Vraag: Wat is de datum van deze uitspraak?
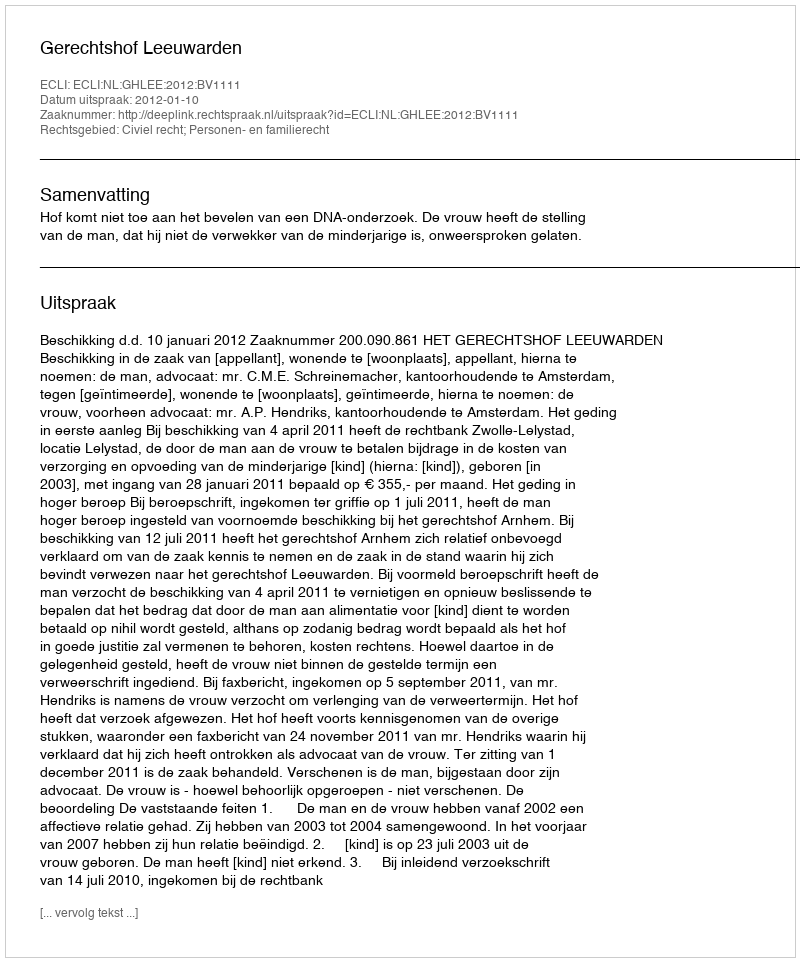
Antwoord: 2012-01-10